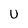
Character: U